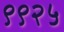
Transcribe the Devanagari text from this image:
९९२५